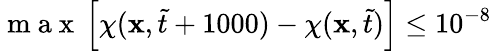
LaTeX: \mathrm{~m~a~x~}\left[\chi(\mathbf{x},\tilde{t}+1000)-\chi(\mathbf{x},\tilde{t})\right]\leq 10^{-8}